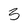
Character: 3